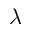
\lambda